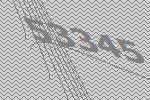
53345